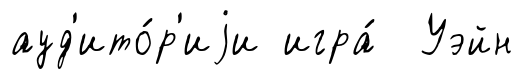
ауд'ито́р'иjи игра́ Уэйн